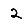
Digit: 2